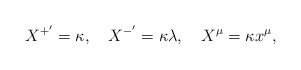
\begin{align*}X^{+^{\prime }}=\kappa ,\quad X^{-^{\prime }}=\kappa \lambda ,\quad X^{\mu}=\kappa x^{\mu }, \end{align*}